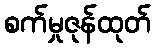
စက်မှုဇုန်ထုတ်